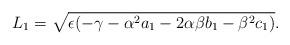
LaTeX: \begin{align*} {L}_1=\sqrt{{\epsilon} (-\gamma-\alpha^2 a_1-2\alpha\beta b_1-\beta^2 c_1)}.\end{align*}